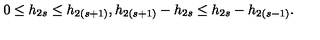
0 \leq h _ { 2 s } \leq h _ { 2 ( s + 1 ) } , h _ { 2 ( s + 1 ) } - h _ { 2 s } \leq h _ { 2 s } - h _ { 2 ( s - 1 ) } .